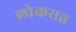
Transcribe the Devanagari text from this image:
लोकसत्त